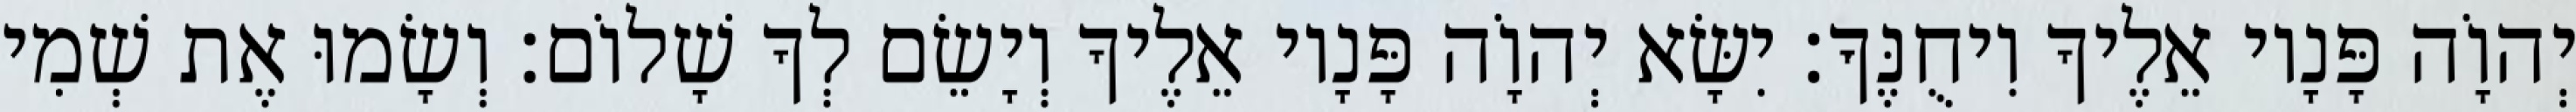
יְהוָֹה פָּנָיו אֵלֶיךָ וִיחֻנֶּךָּ׃ יִשָּׂא יְהוָֹה פָּנָיו אֵלֶיךָ וְיָשֵׂם לְךָ שָׁלוֹם׃ וְשָׂמוּ אֶת שְׁמִי